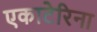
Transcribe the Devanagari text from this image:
एकाटेरिना